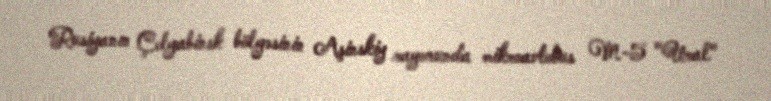
Rusiyanın Çelyabinsk bölgəsinin Aşinskiy rayonunda mikroavtobus M-5 "Ural"